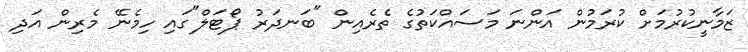
ޒަމާނީކުރުމަށް ކުރަމުން އަންނަ މަސައްކަތުގެ ތެރެއިން "ބަނދަރު ޕޯޓަލް"ގައި ހިމެނޭ މެރިން އަދި